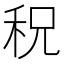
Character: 𥞏